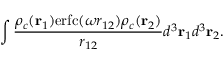
\int \frac { \rho _ { c } ( \mathbf { r } _ { 1 } ) \mathrm { e r f c } ( \omega r _ { 1 2 } ) \rho _ { c } ( \mathbf { r } _ { 2 } ) } { r _ { 1 2 } } d ^ { 3 } \mathbf { r } _ { 1 } d ^ { 3 } \mathbf { r } _ { 2 } .